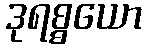
ဒုရစ္စယော